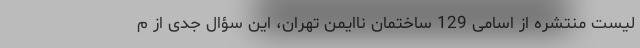
لیست منتشره از اسامی 129 ساختمان‌ ناایمن تهران، این سؤال جدی از م